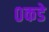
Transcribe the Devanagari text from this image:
०कडे